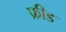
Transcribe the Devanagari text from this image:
फ्रीड